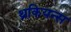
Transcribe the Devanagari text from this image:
थ्रकियन्स